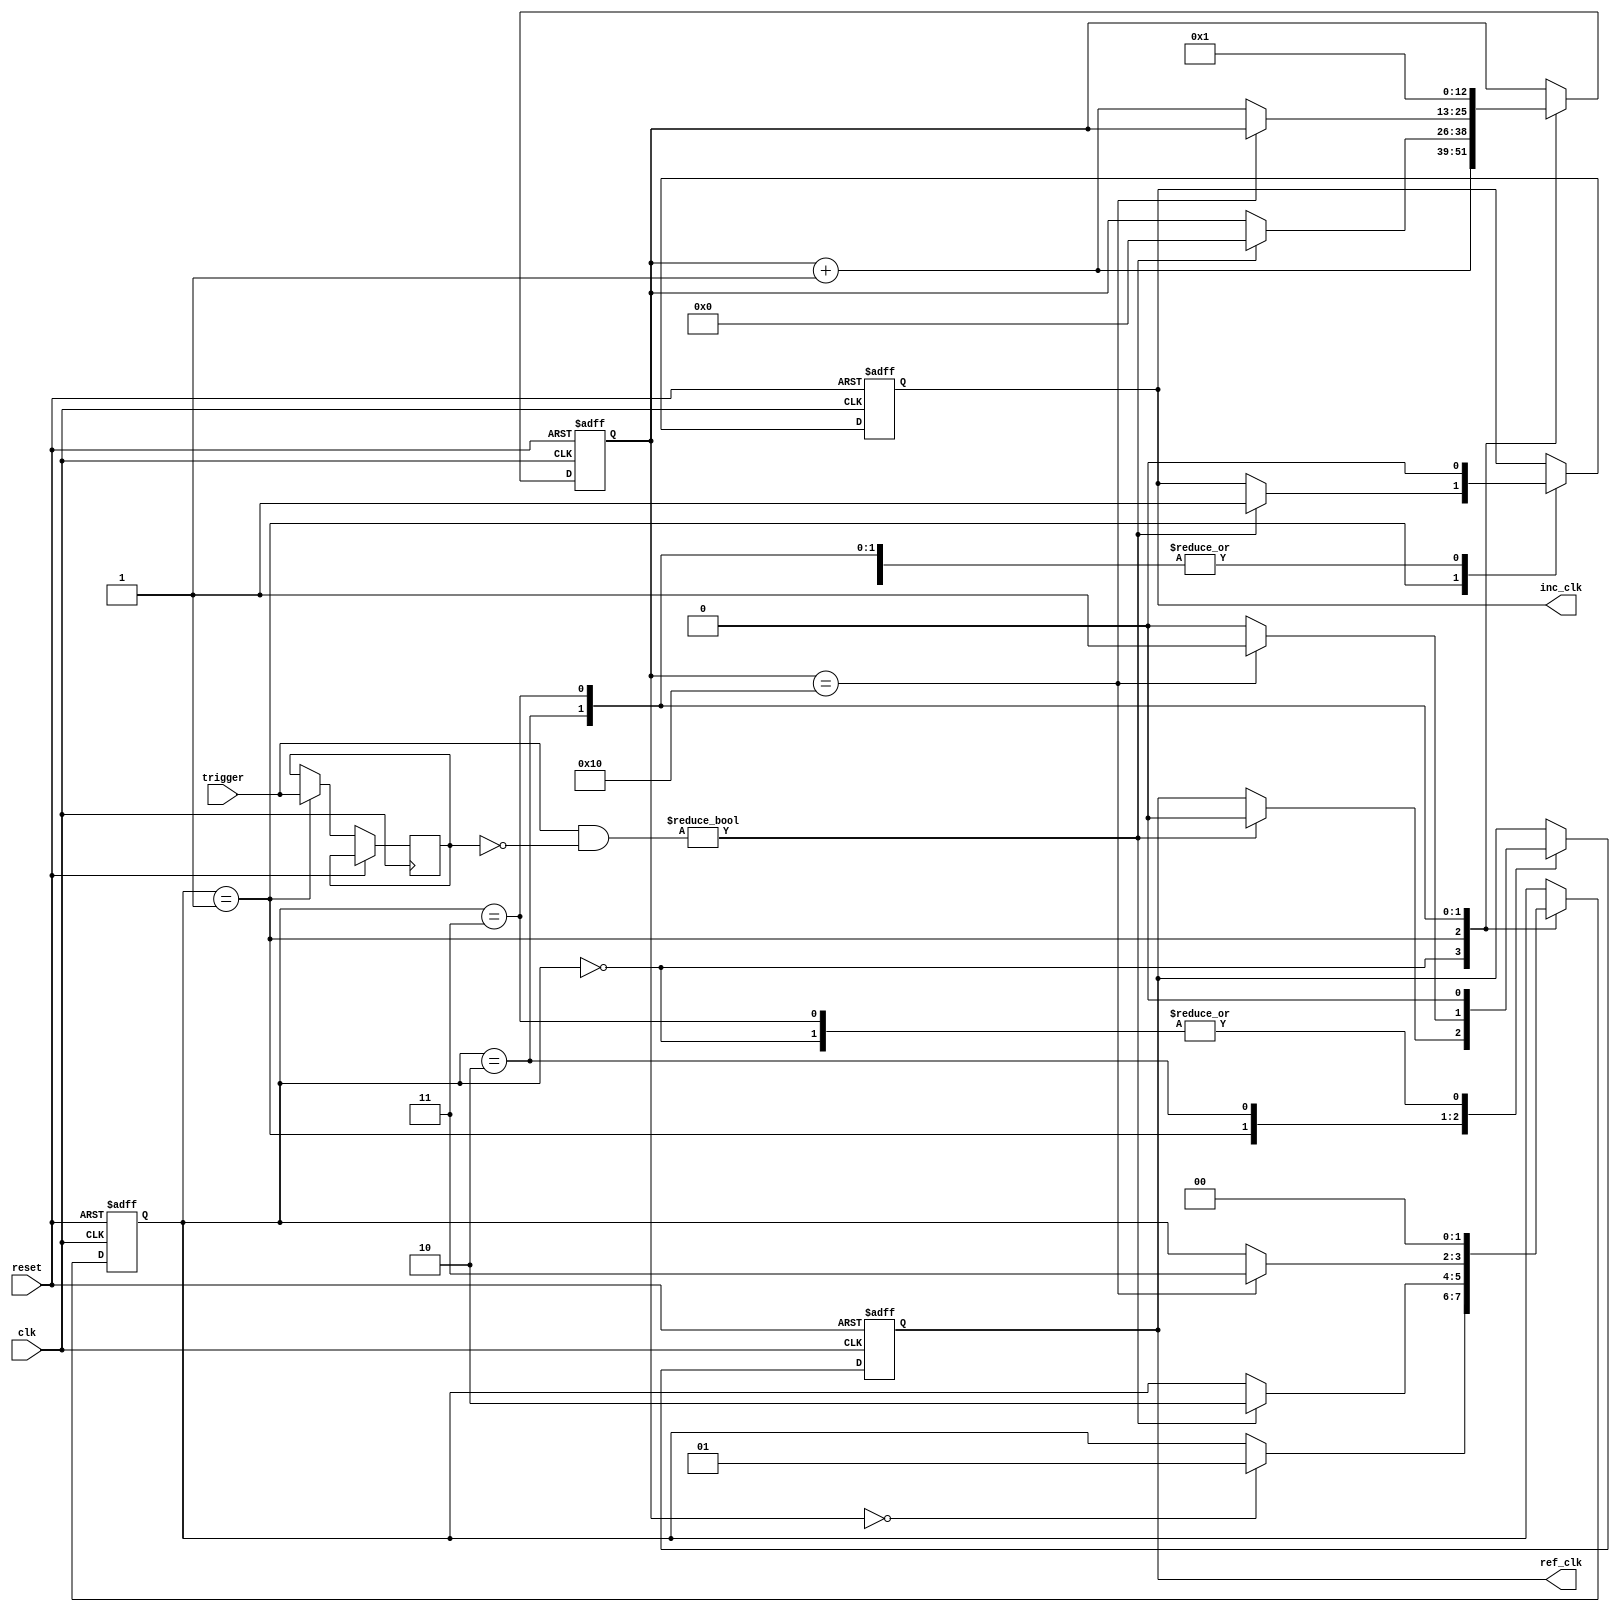
module input_trigger #( parameter DIGITS = 6) (
    
    
    	//Input
    input  wire [DIGITS-1:0] trigger, 	//Trigger for input debounce
    input  wire clk,			//System Clock    
    input wire reset,			//System Reset
    	
    	//Output
    output wire inc_clk,   		//Trigger Pulse for the Counter	
    output wire ref_clk   		//Trigger Pulse for the Output Refresh
);

	
	//Count Value
    reg [12:0] counter;

	//Stores the previous state of inputs
    reg [DIGITS-1:0] active_triggers;

	//State Machine Signals
    reg [1:0] State;
    localparam DebounceBlock = 2'b00;
    localparam Ready = 2'b01;
    localparam Calculation = 2'b10;
    localparam Refresh = 2'b11;
    	
    	//Assisting Output Signals
    reg inc_flag;
    reg ref_flag;
    
    always @(posedge clk or posedge reset) begin
        // if reset, set counter to 0
        if (reset) begin
            counter <= 'd0;
            inc_flag <= 1'b0;
            ref_flag <= 1'b0;
            State <= Ready;
        end else begin
        	case(State)
        	//No Reaction for 8191 clock cycles (= 8.191ms), debouncing of inputs
        	//utilizing overflow characteristic
    		DebounceBlock: begin
	    		if (counter == 'd0) begin
				State <= Ready;
			end
			counter <= counter + 'd1;
			inc_flag <= 1'b0;
			ref_flag <= 1'b0;
    		end	
    		//Start Increment/Output if inputs switch to high
    		Ready: begin
    			active_triggers <= trigger;
    			
    			//if new signal is active, start output of pulses
    			if ((trigger & ~active_triggers) != 'd0) begin
    				State <= Calculation;
		    		counter <= 'd0;
		    		inc_flag <= 1'b1;
		    		ref_flag <= 1'b0;
    			end 
    		end
    		//Wait for 16 cycles for the counters to finish (in case of carry over)
    		Calculation: begin
    			if (counter == 'd16) begin
				State <= Refresh;
				ref_flag <= 1'b1;
			end else begin
	    			counter <= counter + 'd1;
				ref_flag <= 1'b0;
			end
			inc_flag <= 1'b0;
    		end
    		//Output flag and switch to debounce
    		Refresh: begin
    			State <= DebounceBlock;
    			inc_flag <= 1'b0;
    			ref_flag <= 1'b0;
    			counter <= 'd1;
    		end
    		endcase
        end
    end

    
	//Assigning temporary signals to the outputs
    assign inc_clk = inc_flag;
    assign ref_clk = ref_flag;

endmodule